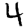
Digit: 4